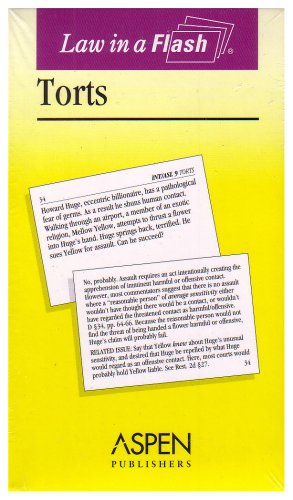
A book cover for Law in a Flash: Torts (Law in a Flash Cards); Steven L. Emanuel; Law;